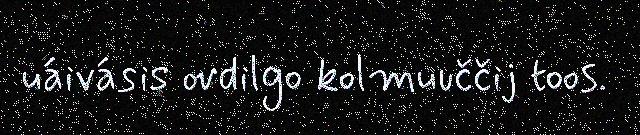
uáivásis ovdilgo kolmuuččij toos.